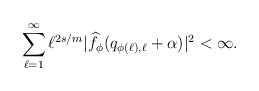
\begin{align*}\sum_{\ell=1}^{\infty}\ell^{2s/m}|{\widehat f}_{\phi}(q_{\phi(\ell),\ell}+\alpha )|^2<\infty.\end{align*}